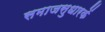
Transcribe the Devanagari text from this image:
समाजसुधारकें